Civil Veterinary Dept. Bombay admin report 1932-41 - 1932-1941
Year: 1932
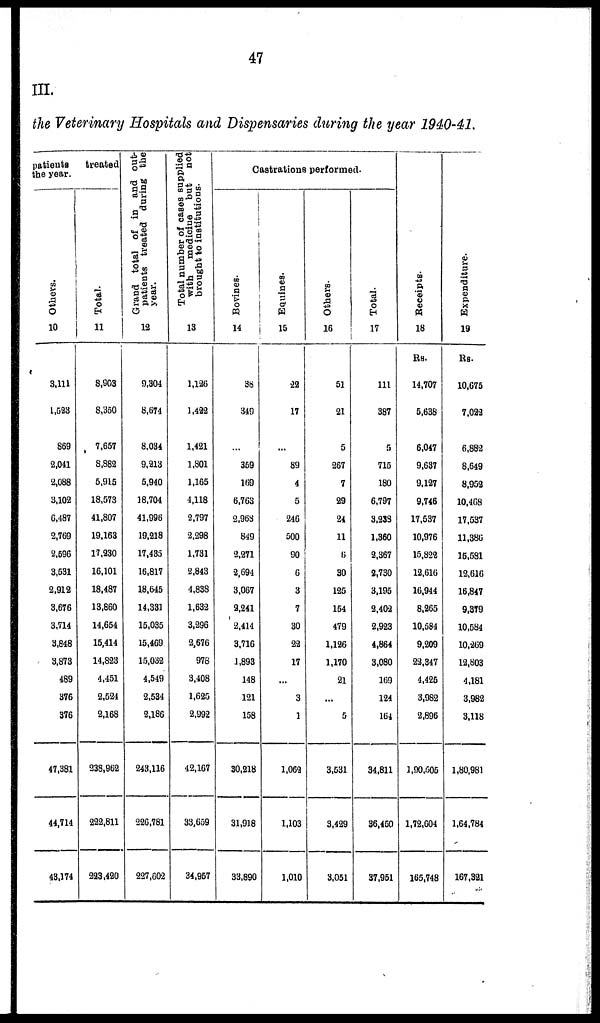
47
III.
the Veterinary Hospitals and Dispensaries during the year 1940-41.
patients
the year.
Others.
10
3,111
1,523
869
2,041
2,088
3,102
6,487
2,769
2,596
3,531
2,912
3,676
3,714
3,848
3,873
489
376
376
47,381
44,714
43,174
treated
Total.
11
8,903
8,350
7,657
8,882
5,915
18,573
41,807
19,163
17,230
16,101
18,487
13,860
14,654
15,414
14,823
4,451
2,524
2,168
238,962
222,811
223,420
Grand total of in and out-
patients treated during the
year.
12
9,304
8,674
8,034
9,213
5,940
18,704
41,996
19,218
17,435
16,817
18,645
14,331
15,035
15,469
15,032
4,519
2,534
2,186
243,116
226,781
227,602
Total number of cases supplied
with
medicine
but
not
brought to institutions.
13
1,126
1,422
1,421
1,801
1,165
4,118
2,797
2,298
1,731
2,843
4,838
1,632
3,296
2,676
978
3,408
1,625
2,992
42,167
33,659
34,957
Castrations performed.
Bovines.
14
38
349
...
359
169
6,763
2,968
849
2,271
2,694
3,067
2,241
2,414
3,716
1,893
148
121
158
30,218
31,918
33,890
Equines.
15
22
17
...
89
4
5
246
500
90
6
3
7
30
22
17
...
3
1
1,062
1,103
1,010
Others.
16
51
21
5
267
7
29
24
11
6
30
125
154
479
1,126
1,170
21
...
5
3,531
3,429
3,051
Total.
17
111
387
5
715
180
6,797
3,238
1,360
2,367
2,730
3,195
2,402
2,923
4,864
3,080
169
124
164
34,811
36,450
37,951
Receipts.
18
Rs.
14,707
5,638
6,047
9,637
9,127
9,746
17,537
10,976
15,822
12,616
16,944
8,265
10,584
9,209
22,347
4,425
3,982
2,896
1,90,605
1,72,604
165,748
Expe ndi t
ur e .
19
Rs.
10,675
7,022
6,882
8,649
8,952
10,468
17,537
11,386
15,581
12,616
16,847
9,379
10,584
10,269
12,803
4,181
3,982
3,118
1,80,981
1,64,784
167,321